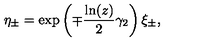
\eta _ { \pm } = \exp \left( \mp \frac { \ln ( z ) } { 2 } \gamma _ { 2 } \right) \xi _ { \pm } ,